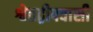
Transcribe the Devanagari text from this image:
श्वेतद्वीपवासी